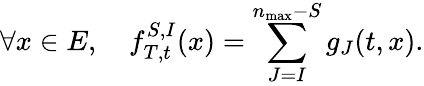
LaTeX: \forall x\in E,\quad f_{T,t}^{S,I}(x)=\sum_{J=I}^{n_{\operatorname*{max}}-S}g_{J}(t,x).